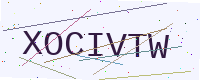
Text: XOCIVTW